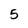
Character: 5